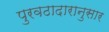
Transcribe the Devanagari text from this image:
पुरवठादारानुसार